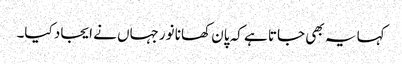
کہا یہ بھی جاتا ہے کہ پان کھانا نورجہاں نے ایجاد کیا۔